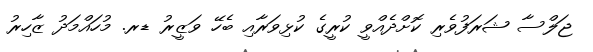
ޖަލްސާ ޝަރަފުވެރި ކޮށްދެއްވީ ކުރީގެ ކުޅިވަރާއި ބެހޭ ވަޒީރު ޑރ. މުހައްމަދު ޒާހިރު